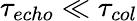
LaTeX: \tau_{echo}\ll\tau_{col}